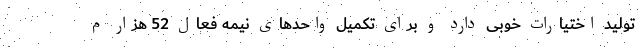
تولید اختیارات خوبی دارد و برای تکمیل واحدهای نیمه فعال 52 هزار م